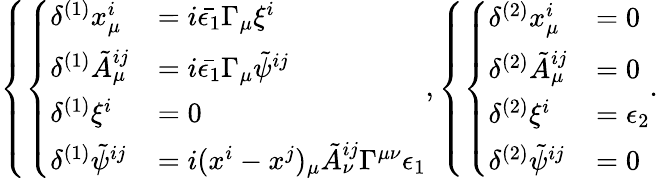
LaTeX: \left\{ \left\{ \begin{array}{ll}{{\delta^{(1)}x_{\mu}^{i}}}&{{=i\bar{\epsilon_{1}}\Gamma_{\mu}\xi^{i}}}\\ {{\delta^{(1)}\tilde{A}_{\mu}^{ij}}}&{{=i\bar{\epsilon_{1}}\Gamma_{\mu}\tilde{\psi}^{ij}}}\\ {{\delta^{(1)}\xi^{i}}}&{{=0}}\\ {{\delta^{(1)}\tilde{\psi}^{ij}}}&{{=i(x^{i}-x^{j})_{\mu}\tilde{A}_{\nu}^{ij}\Gamma^{\mu\nu}\epsilon_{1}}}\end{array}\right.\right.,\left\{ \left\{ \begin{array}{ll}{{\delta^{(2)}x_{\mu}^{i}}}&{{=0}}\\ {{\delta^{(2)}\tilde{A}_{\mu}^{ij}}}&{{=0}}\\ {{\delta^{(2)}\xi^{i}}}&{{=\epsilon_{2}}}\\ {{\delta^{(2)}\tilde{\psi}^{ij}}}&{{=0}}\end{array}\right.\right..